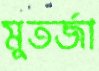
মুতর্জা